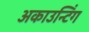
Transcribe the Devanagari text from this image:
अकाउन्टिंग